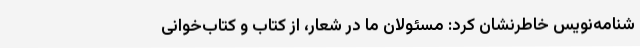
شنامه‌نویس خاطرنشان کرد: مسئولان ما در شعار، از کتاب و کتاب‌خوانی